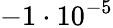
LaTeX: -1\cdot 10^{-5}